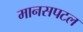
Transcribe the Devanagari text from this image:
मानसपटल